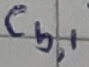
Text: Cb,1